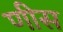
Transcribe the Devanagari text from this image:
णीस